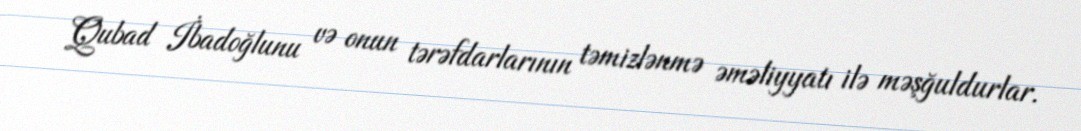
Qubad İbadoğlunu və onun tərəfdarlarının təmizlənmə əməliyyatı ilə məşğuldurlar.